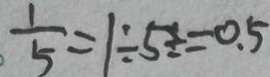
\frac { 1 } { 5 } = 1 \div 5 \frac { 1 } { 2 } = 0 . 5